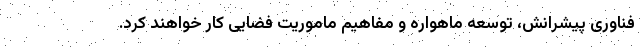
فناوری پیشرانش، توسعه ماهواره و مفاهیم ماموریت فضایی کار خواهند کرد.